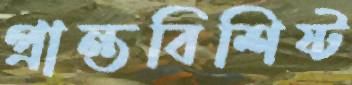
প্রান্তবিশিষ্ট